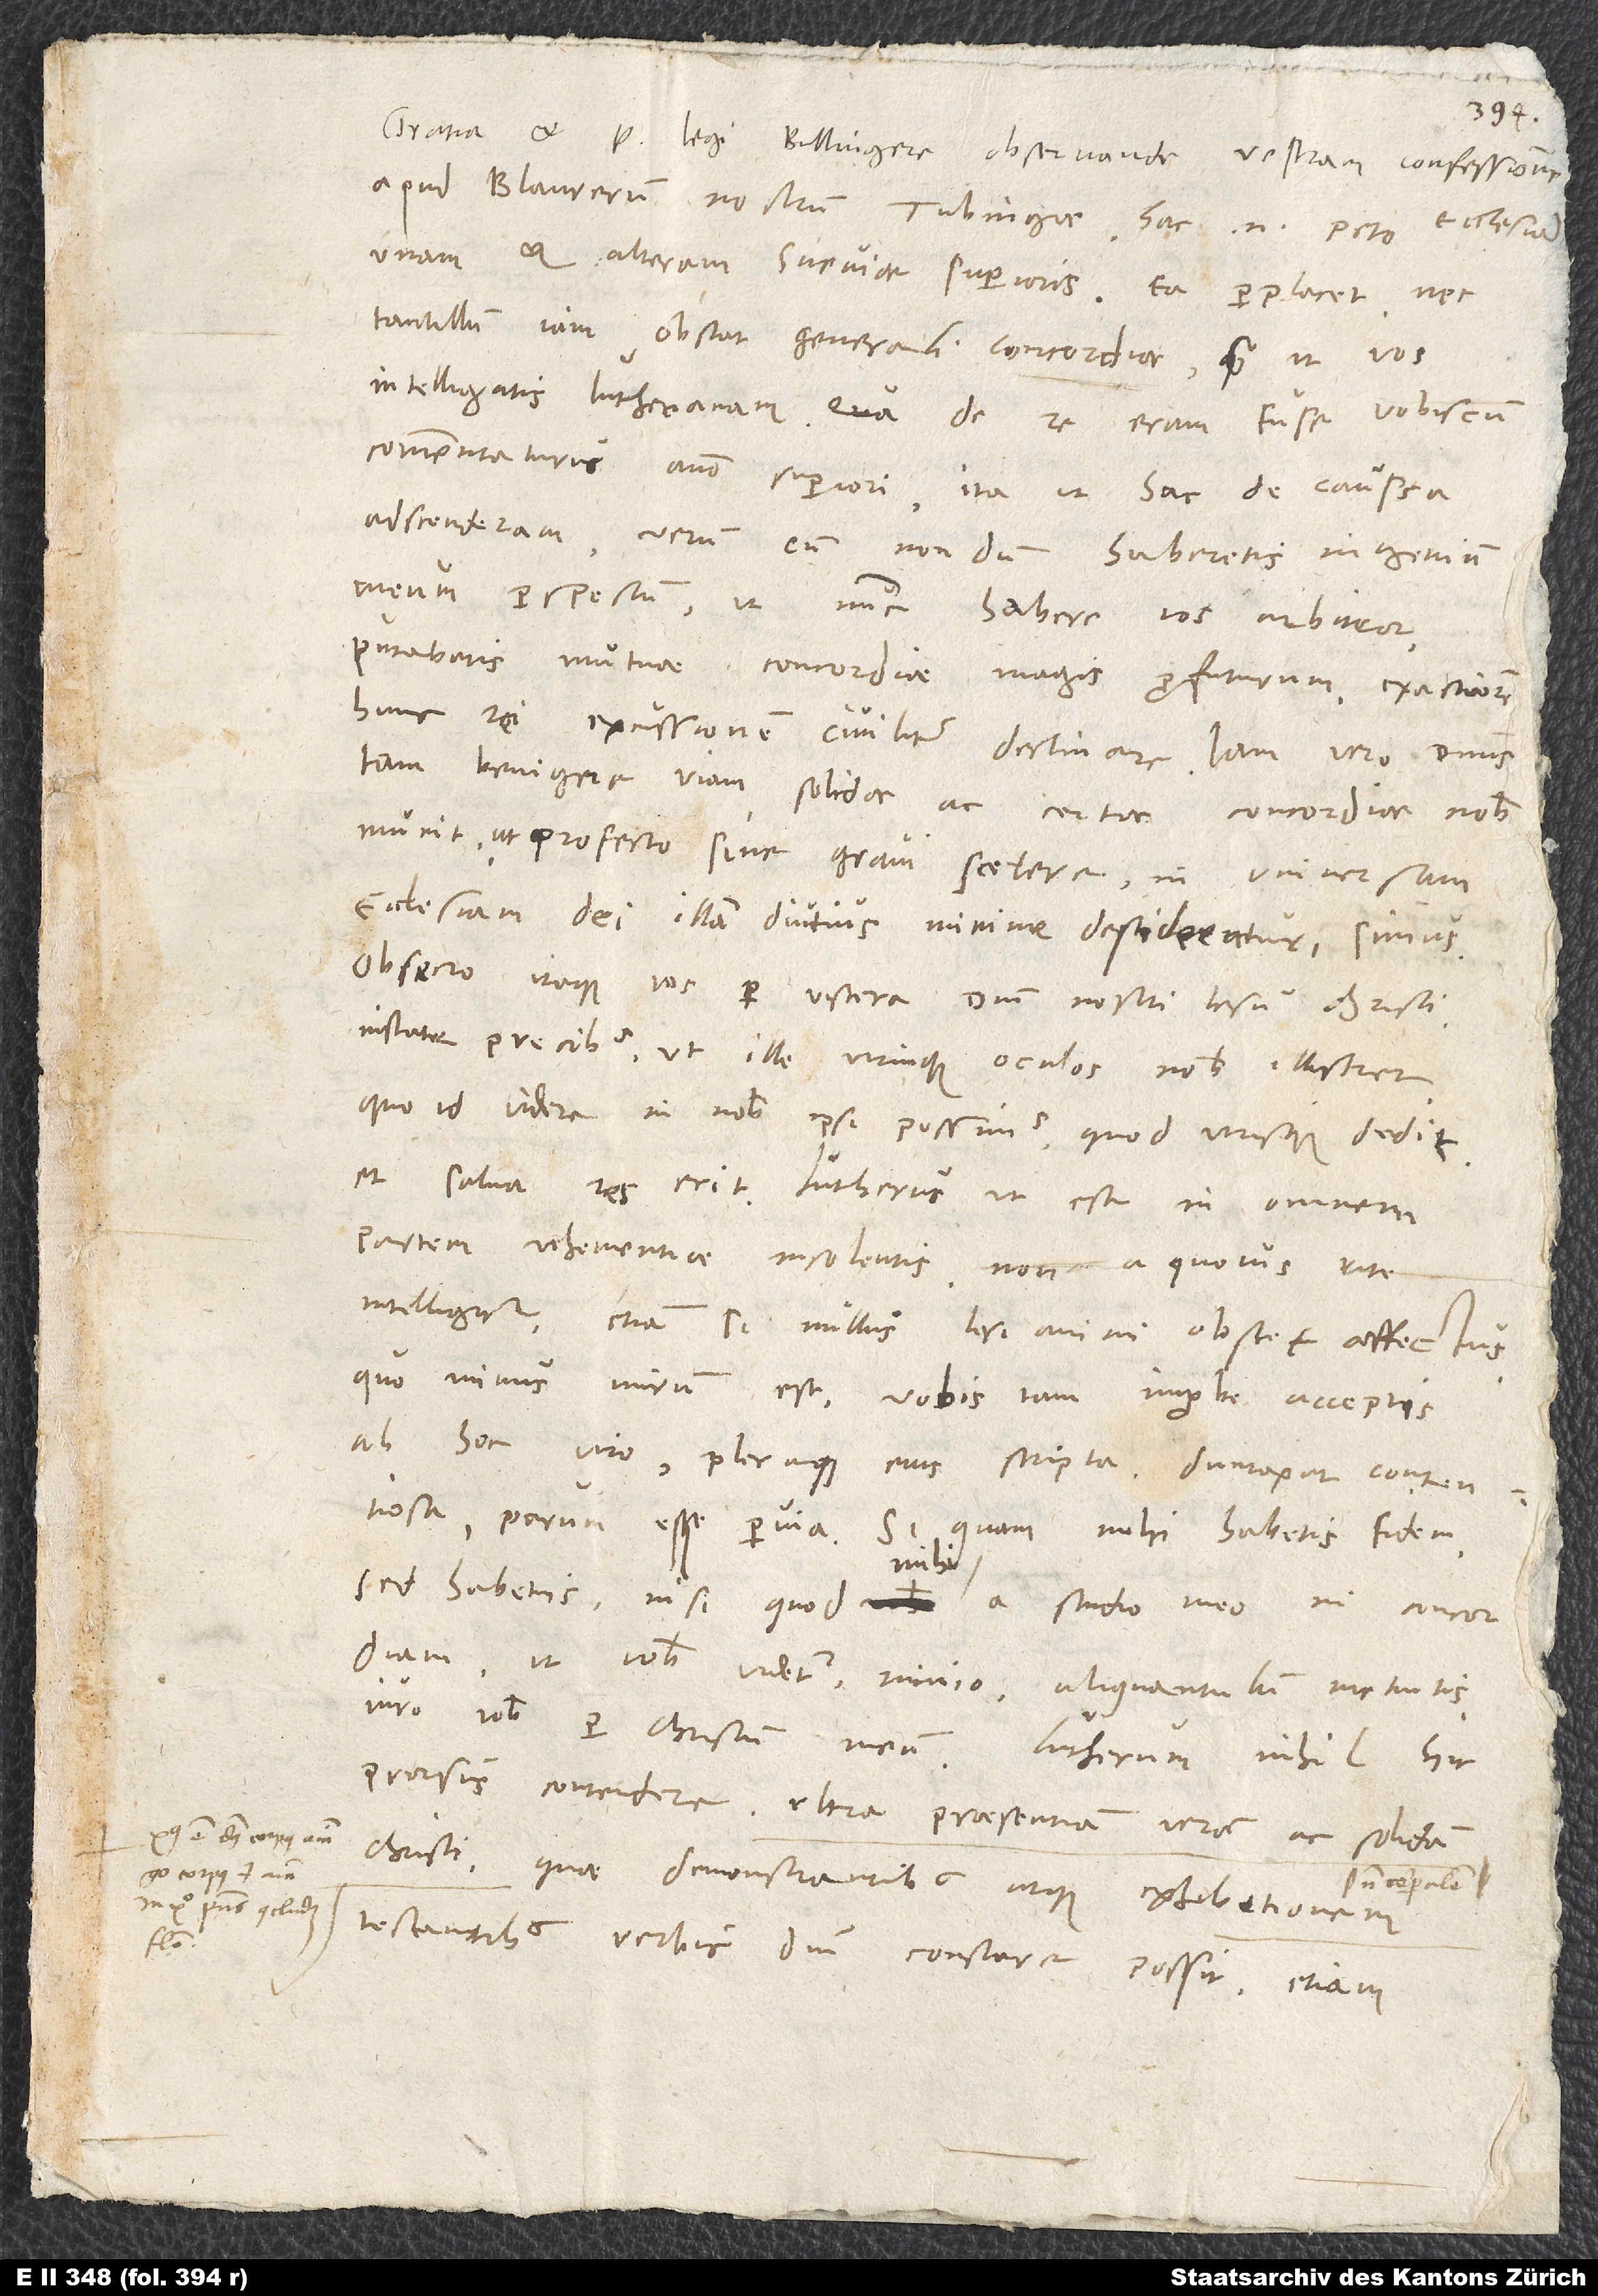
Legi, Bullingere observande, vestram confessionem
apud Blaurerum nostrum Tubingae. Hac enim peto ecclesiam
unam et alteram Sveviae superioris. Ea perplacet, nec
tantillum iam obstat generali concordiae, quam ut vos
intelligatis Lutheranam. Qua de re eram fuse vobiscum
commentaturus anno superiori, ita ut hac de caussa
adscenderam. Verum cum nondum haberetis ingenium
meum perspectum, ut nunc habere vos arbitror,
putabatis mutuae concordiae magis profuturum exactiorem
huius rei excussionem civiliter declinare. Iam vero dominus
tam benigne viam solidae ac certae concordiae nobis
munit, ut profecto sine gravi scelere in universam
ecclesiam dei illam diutius minime desideraturi simus.
Obsecro itaque vos per viscera domini nostri Iesu Christi,
instate precibus, ut ille utrinque oculos nobis illustret,
quo id videre in nobis ipsi possimus, quod utrisque dedit,
partem vehementiae insolentis, non a quovis rite
intelligitur, etiamsi nullus lesi animi obstet affectus.
Quominus mirum est vobis tam improbe acceptis
ab hoc viro pleraque eius scripta, duntaxat contentiosa,
parum esse pervia. Si quam mihi habetis fidem
mihi
sed habetis, nisi quod mihi a studio meo in concordiam,
ut vobis videtur, nimio aliquantulum metuitis
iuro vobis per Christum meum, Lutherum nihil hic
prorsus contendere ultra praesentiam veram ac solidam
Christi, quae demonstrantibus atque exhibitionem
testantibus verbis domini constare possit, etiamsi